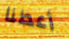
أعطنا